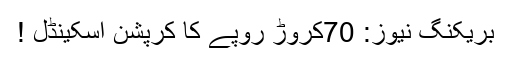
بریکنگ نیوز: 70کروڑ روپے کا کرپشن اسکینڈل !